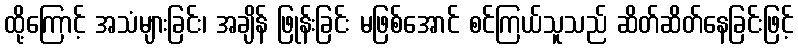
ထို့ကြောင့် အသံများခြင်း၊ အချိန် ဖြုန်းခြင်း မဖြစ်အောင် စင်ကြယ်သူသည် ဆိတ်ဆိတ်နေခြင်းဖြင့်